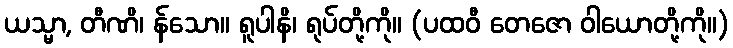
ယသ္မာ, တီဏိ၊ န်သော။ ရူပါနိ၊ ရုပ်တို့ကို။ (ပထဝီ တေဇော ဝါယောတို့ကို။)